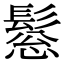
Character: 𩭤